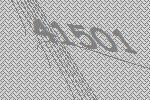
41501